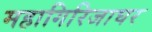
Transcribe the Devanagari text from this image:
महागिरिजाघर